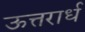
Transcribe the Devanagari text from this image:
ऊत्तरार्ध